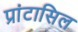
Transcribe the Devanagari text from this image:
प्रांटासिल